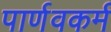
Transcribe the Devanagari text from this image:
पार्णवकर्म